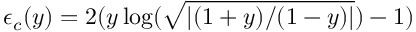
\epsilon _ { c } ( y ) = 2 ( y \log ( \sqrt { \left| ( 1 + y ) / ( 1 - y ) \right| } ) - 1 )